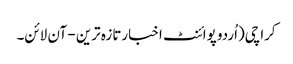
کراچی(اُردو پوائنٹ اخبارتازہ ترین - آن لائن۔